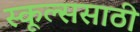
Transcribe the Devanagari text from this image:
स्कूल्ससाठी